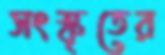
সংস্কৃতের